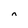
Character: n